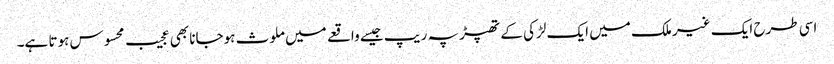
اسی طرح ایک غیر ملک میں ایک لڑکی کے تھپڑ پہ ریپ جیسے واقعے میں ملوث ہوجانا بھی عجیب محسوس ہوتا ہے۔